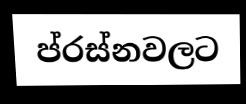
ප්රස්නවලට